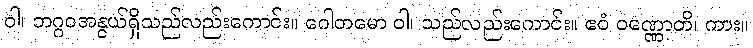
ဝါ၊ ဘဂ္ဂဝအနွယ်ရှိသည်လည်းကောင်း။ ဂေါတမော ဝါ၊ သည်လည်းကောင်း။ ဧဝံ ဝဏ္ဏောတိ၊ ကား။